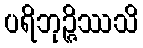
ပရိဘုဉ္ဇိဿသိ